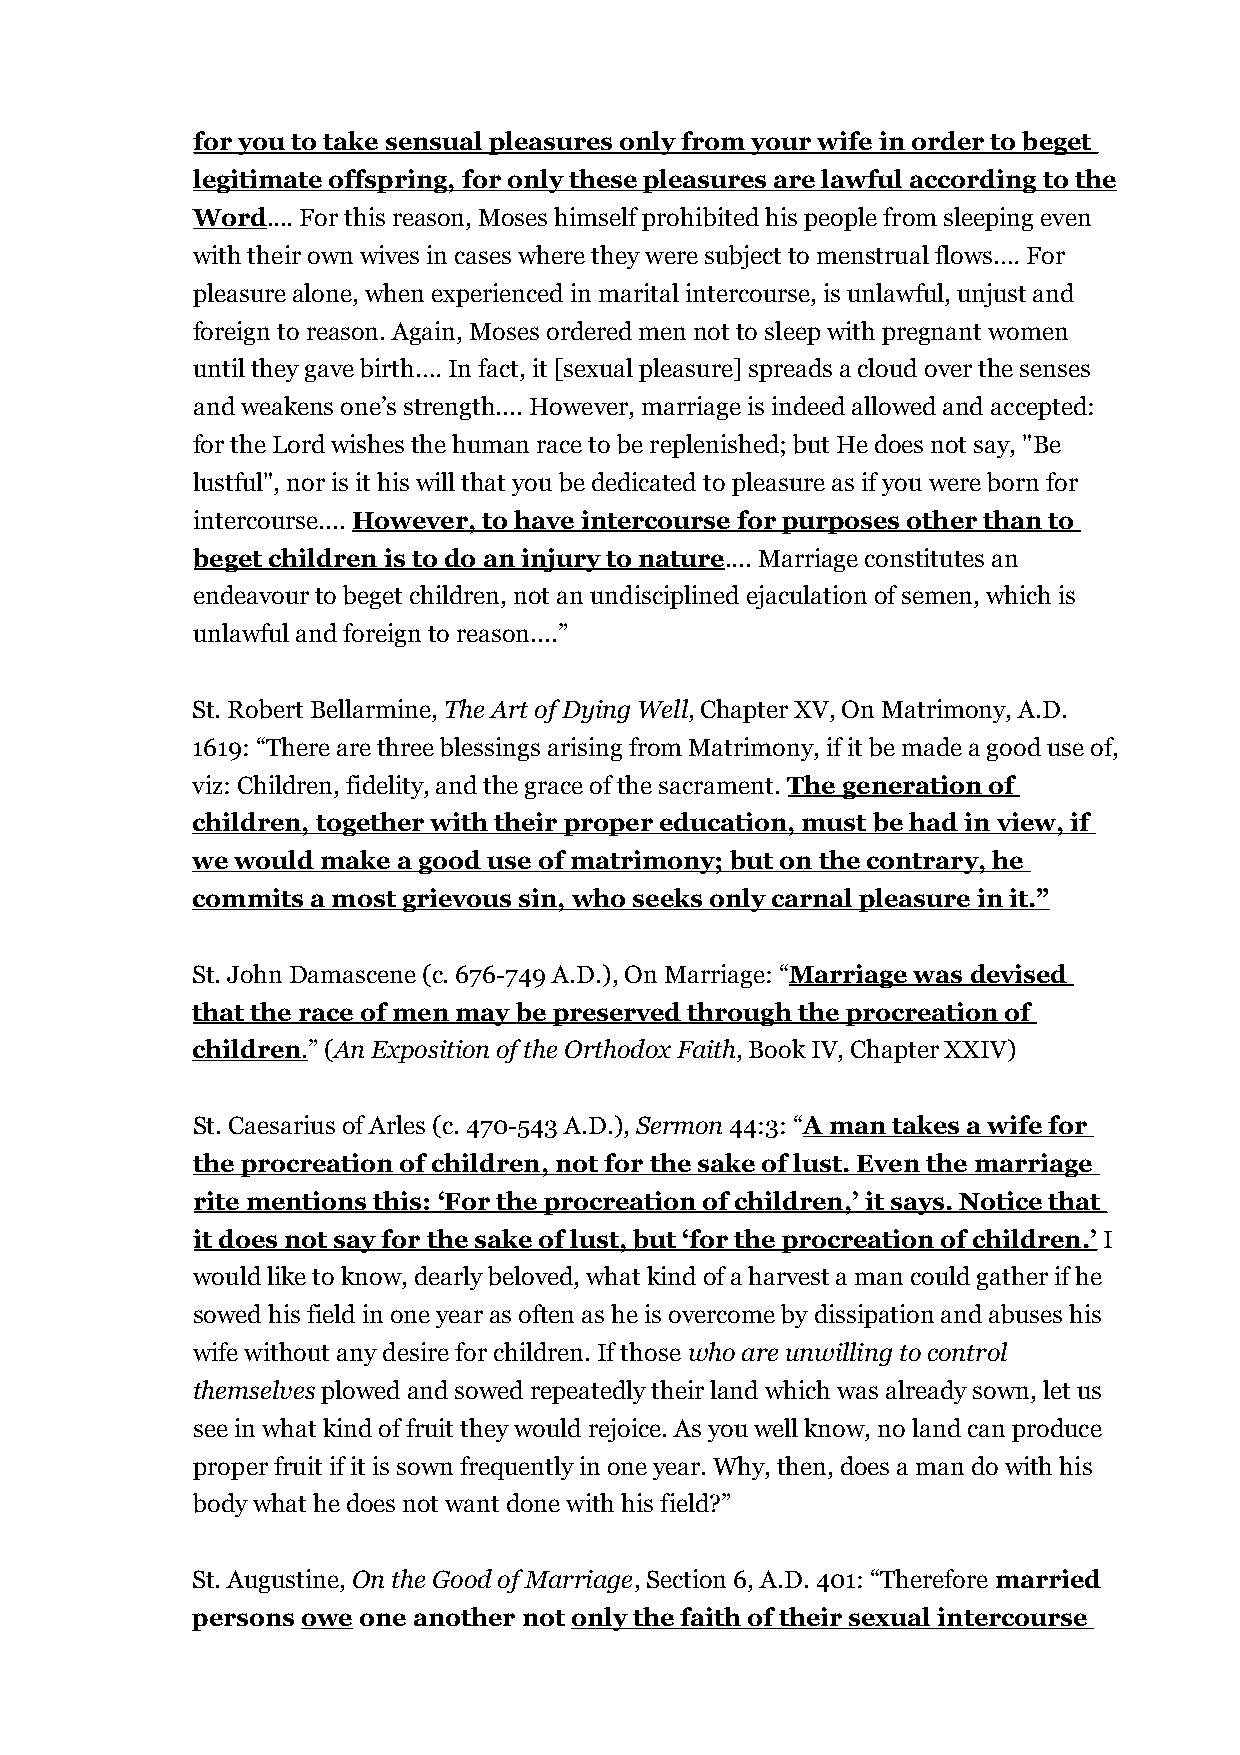
for you to take sensual pleasures only from your wife in order to beget
 legitimate offspring, for only these pleasures are lawful according to the
 Word.... For this reason, Moses himself prohibited his people from sleeping even
 with their own wives in cases where they were subject to menstrual flows.… For
 pleasure alone, when experienced in marital intercourse, is unlawful, unjust and
 foreign to reason. Again, Moses ordered men not to sleep with pregnant women
 until they gave birth.… In fact, it [sexual pleasure] spreads a cloud over the senses
 and weakens one’s strength.... However, marriage is indeed allowed and accepted:
 for the Lord wishes the human race to be replenished; but He does not say, "Be
 lustful", nor is it his will that you be dedicated to pleasure as if you were born for
 intercourse.... However, to have intercourse for purposes other than to
 beget children is to do an injury to nature.... Marriage constitutes an
 endeavour to beget children, not an undisciplined ejaculation of semen, which is
 unlawful and foreign to reason....”
 St. Robert Bellarmine, The Art of Dying Well, Chapter XV, On Matrimony, A.D.
 1619: “There are three blessings arising from Matrimony, if it be made a good use of,
 viz: Children, fidelity, and the grace of the sacrament. The generation of
 children, together with their proper education, must be had in view, if
 we would make a good use of matrimony; but on the contrary, he
 commits a most grievous sin, who seeks only carnal pleasure in it.”
 St. John Damascene (c. 676-749 A.D.), On Marriage: “Marriage was devised
 that the race of men may be preserved through the procreation of
 children . ” (An Exposition of the Orthodox Faith, Book IV, Chapter XXIV)
 St. Caesarius of Arles (c. 470-543 A.D.), Sermon 44:3: “A man takes a wife for
 the procreation of children, not for the sake of lust. Even the marriage
 rite mentions this: ‘For the procreation of children,’ it says. Notice that
 it does not say for the sake of lust, but ‘for the procreation of children.’ I
 would like to know, dearly beloved, what kind of a harvest a man could gather if he
 sowed his field in one year as often as he is overcome by dissipation and abuses his
 wife without any desire for children. If those who are unwilling to control
 themselves plowed and sowed repeatedly their land which was already sown, let us
 see in what kind of fruit they would rejoice. As you well know, no land can produce
 proper fruit if it is sown frequently in one year. Why, then, does a man do with his
 body what he does not want done with his field?”
 St. Augustine, On the Good of Marriage, Section 6, A.D. 401: “Therefore married
 persons owe one another not only the faith of their sexual intercourse